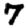
Digit: 7